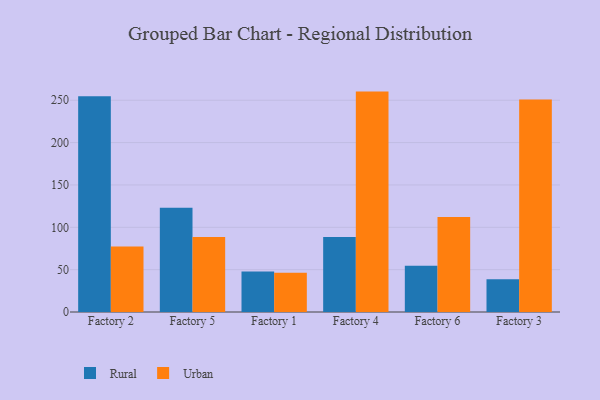
{"axis": {"x": "Factory", "y": "Revenue (USD Million)"}, "legend": ["Rural", "Urban"], "data": [{"x": "Factory 2", "y": 254.6, "type": "Rural"}, {"x": "Factory 2", "y": 77.2, "type": "Urban"}, {"x": "Factory 5", "y": 123.2, "type": "Rural"}, {"x": "Factory 5", "y": 88.6, "type": "Urban"}, {"x": "Factory 1", "y": 47.8, "type": "Rural"}, {"x": "Factory 1", "y": 46.4, "type": "Urban"}, {"x": "Factory 4", "y": 88.4, "type": "Rural"}, {"x": "Factory 4", "y": 260.2, "type": "Urban"}, {"x": "Factory 6", "y": 54.6, "type": "Rural"}, {"x": "Factory 6", "y": 112.1, "type": "Urban"}, {"x": "Factory 3", "y": 38.7, "type": "Rural"}, {"x": "Factory 3", "y": 251.0, "type": "Urban"}]}